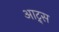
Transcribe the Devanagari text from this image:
आट्र्स